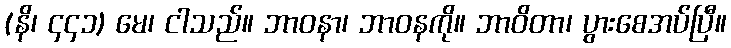
(နိ၊ ၄၄၁) မေ၊ ငါသည်။ ဘာဝနာ၊ ဘာဝနကို။ ဘာဝိတာ၊ ပွားစေအပ်ပြီ။